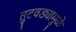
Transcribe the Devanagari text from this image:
तुटवड्यामुळे